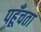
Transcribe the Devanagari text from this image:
पहूँचता